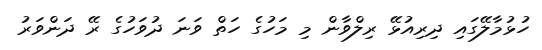
ހުޅުމާލޭގައި ދިރިއުޅޭ ރިލްވާން މި މަހުގެ ހަތް ވަނަ ދުވަހުގެ ރޭ ދަންވަރު